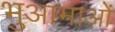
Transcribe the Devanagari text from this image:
भुआमाओं